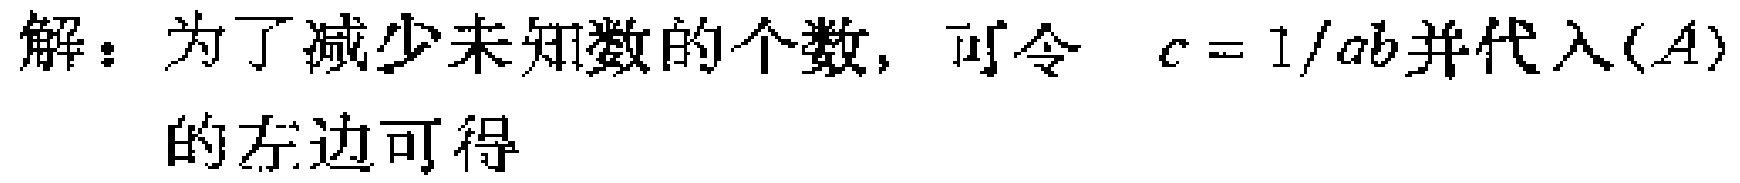
解：为了减少未知数的个数，可令 \(c = 1/ab\)并代入\((A)\)的左边可得